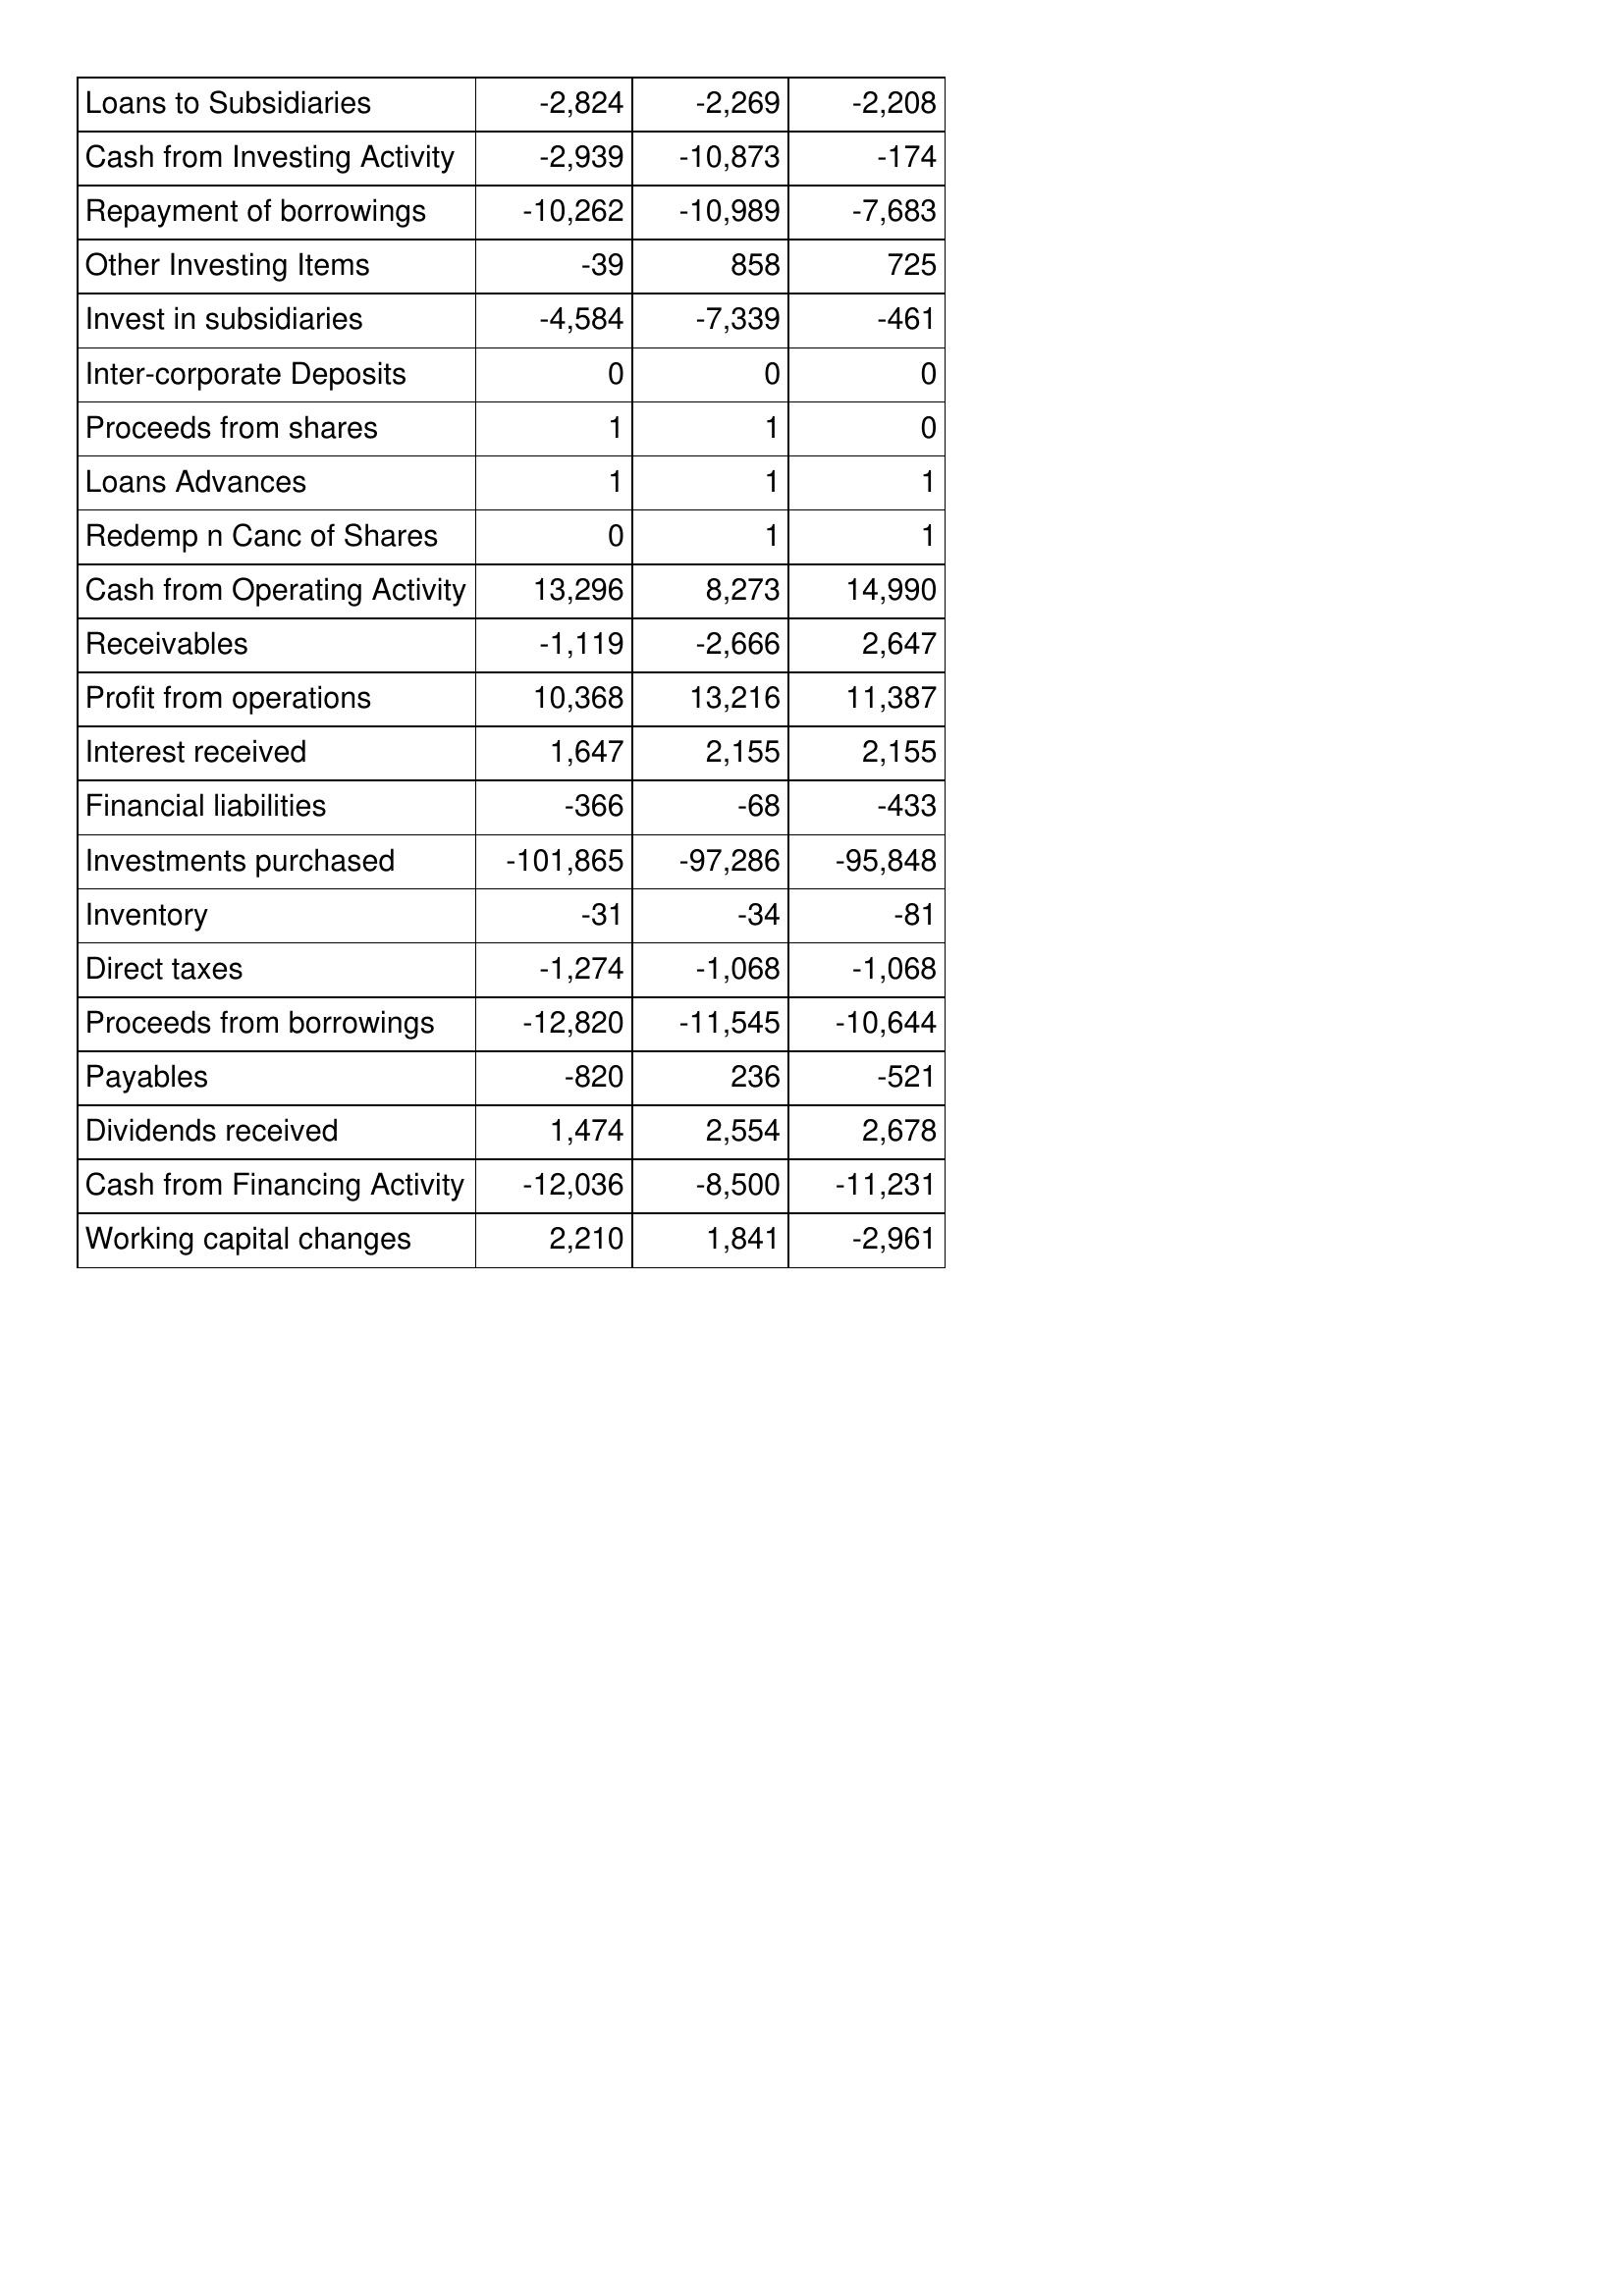
Jan-08: Cash Flows: Loans to Subsidiaries: -2,824
Cash from Investing Activity: -2,939
Repayment of borrowings: -10,262
Other Investing Items: -39
Invest in subsidiaries: -4,584
Inter-corporate Deposits: 0
Proceeds from shares: 1
Loans Advances: 1
Redemp n Canc of Shares: 0
Cash from Operating Activity: 13,296
Receivables: -1,119
Profit from operations: 10,368
Interest received: 1,647
Financial liabilities: -366
Investments purchased: -101,865
Inventory: -31
Direct taxes: -1,274
Proceeds from borrowings: -12,820
Payables: -820
Dividends received: 1,474
Cash from Financing Activity: -12,036
Working capital changes: 2,210
Jan-09: Cash Flows: Loans to Subsidiaries: -2,269
Cash from Investing Activity: -10,873
Repayment of borrowings: -10,989
Other Investing Items: 858
Invest in subsidiaries: -7,339
Inter-corporate Deposits: 0
Proceeds from shares: 1
Loans Advances: 1
Redemp n Canc of Shares: 1
Cash from Operating Activity: 8,273
Receivables: -2,666
Profit from operations: 13,216
Interest received: 2,155
Financial liabilities: -68
Investments purchased: -97,286
Inventory: -34
Direct taxes: -1,068
Proceeds from borrowings: -11,545
Payables: 236
Dividends received: 2,554
Cash from Financing Activity: -8,500
Working capital changes: 1,841
Jan-10: Cash Flows: Loans to Subsidiaries: -2,208
Cash from Investing Activity: -174
Repayment of borrowings: -7,683
Other Investing Items: 725
Invest in subsidiaries: -461
Inter-corporate Deposits: 0
Proceeds from shares: 0
Loans Advances: 1
Redemp n Canc of Shares: 1
Cash from Operating Activity: 14,990
Receivables: 2,647
Profit from operations: 11,387
Interest received: 2,155
Financial liabilities: -433
Investments purchased: -95,848
Inventory: -81
Direct taxes: -1,068
Proceeds from borrowings: -10,644
Payables: -521
Dividends received: 2,678
Cash from Financing Activity: -11,231
Working capital changes: -2,961